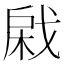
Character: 𢧊